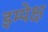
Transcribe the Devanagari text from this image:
इम्पेक्ष